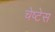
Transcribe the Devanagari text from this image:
चेष्टेस